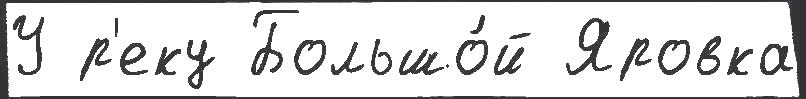
У р'еку Большо́й Яровка